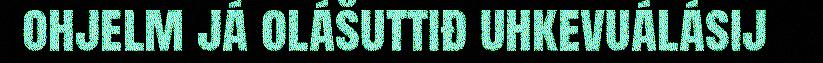
ohjelm já olášuttiđ uhkevuálásij